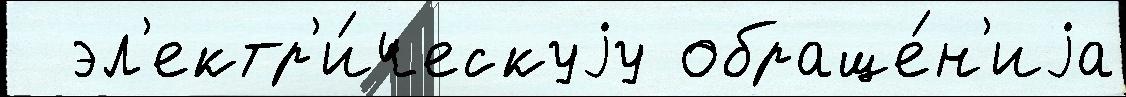
  эл'ектр'и́ческуjу обраще́н'иjа